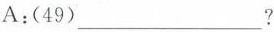
A:(49)___?